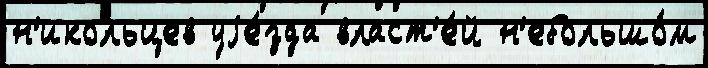
н'икольцев уjе́зда власт'е́й н'ебольшо́м